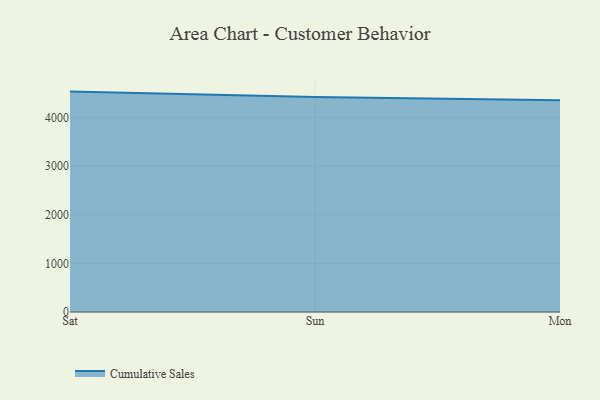
{"axis": {"x": "Day", "y": "Revenue (USD Million)"}, "legend": ["Cumulative Sales"], "data": [{"x": "Sat", "y": 4530.9, "type": "Cumulative Sales"}, {"x": "Sun", "y": 4419.7, "type": "Cumulative Sales"}, {"x": "Mon", "y": 4351.1, "type": "Cumulative Sales"}]}